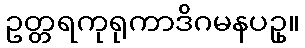
ဥတ္တရကုရုကာဒိဂမနပဥှ။